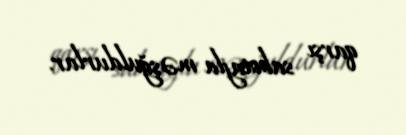
qarşı sabotajla məşğuldurlar.